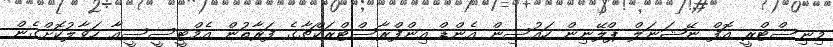
މިނިސްޓްރީ އޮފް ނޭޝަނަލް ޕްލޭނިން ހައުސިން އެންޑް އިންފްރާސްޓްރަކްޗާގެ ފަރާތުން އެމްޓީސީސީއާ ހަވާލުކޮށްގެން